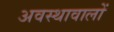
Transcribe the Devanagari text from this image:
अवस्थावालों